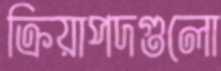
ক্রিয়াপদগুলো